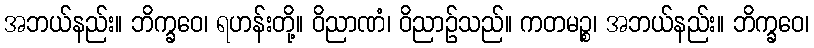
အဘယ်နည်း။ ဘိက္ခဝေ၊ ရဟန်းတို့။ ဝိညာဏံ၊ ဝိညာဉ်သည်။ ကတမဉ္စ၊ အဘယ်နည်း။ ဘိက္ခဝေ၊